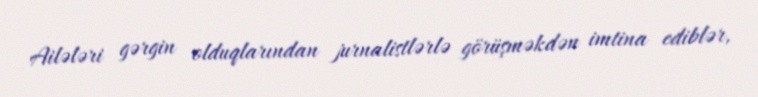
Ailələri gərgin olduqlarından jurnalistlərlə görüşməkdən imtina ediblər,